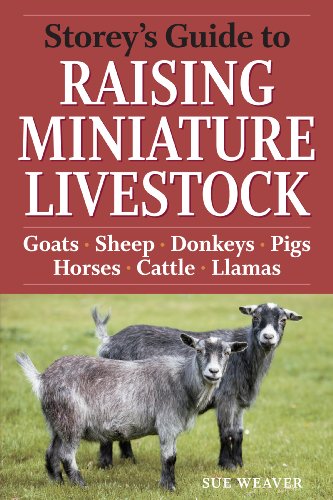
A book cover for Storey's Guide to Raising Miniature Livestock; Sue Weaver; Medical Books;